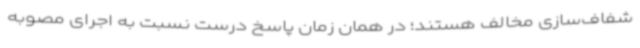
شفاف‌سازی مخالف هستند؛ در همان زمان پاسخ درست نسبت به اجرای مصوبه